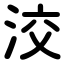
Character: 洨